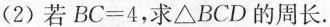
(2)若$$B C = 4$$，求△BCD的周长。